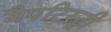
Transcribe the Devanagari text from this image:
बैपटिस्ट्री